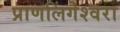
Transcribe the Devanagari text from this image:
प्राणलिंगेश्‍वरा